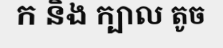
ក និង ក្បាល តូច